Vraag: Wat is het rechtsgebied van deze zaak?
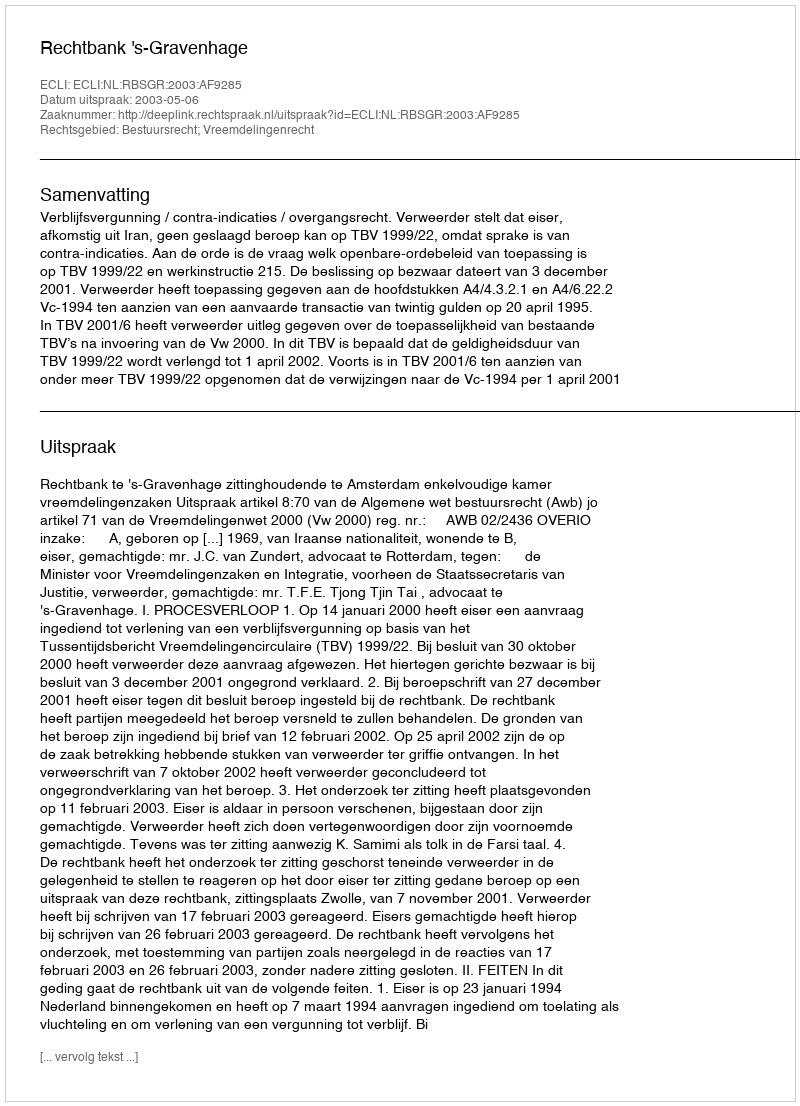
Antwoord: Bestuursrecht; Vreemdelingenrecht